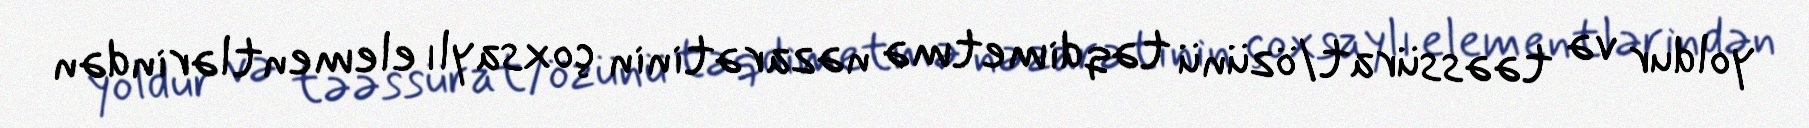
yoldur və təəssürat/özünü təqdimetmə nəzarətinin çoxsaylı elementlərindən